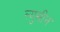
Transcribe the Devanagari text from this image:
ल्युसीन